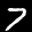
Label: 7